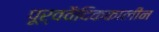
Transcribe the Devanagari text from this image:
पूर्ववैदिककालीन